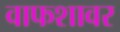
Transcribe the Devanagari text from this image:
वाफशावर